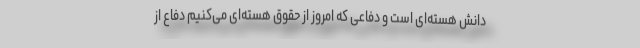
دانش هسته‌ای است و دفاعی که امروز از حقوق هسته‌ای می‌کنیم دفاع از